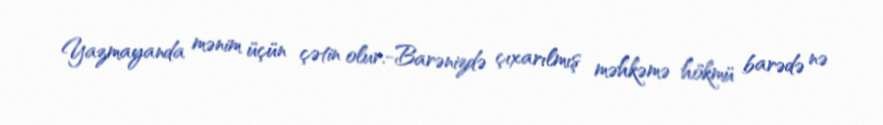
Yazmayanda mənim üçün çətin olur.-Barənizdə çıxarılmış məhkəmə hökmü barədə nə